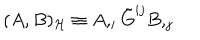
LaTeX: ( A , B ) _ { \cal H } \equiv A , _ { i } \tilde { G } ^ { i j } B , _ { j }